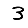
Digit: 3